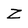
Character: Z